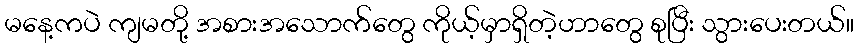
မနေ့ကပဲ ကျမတို့ အစားအသောက်တွေ ကိုယ့်မှာရှိတဲ့ဟာတွေ စုပြီး သွားပေးတယ်။